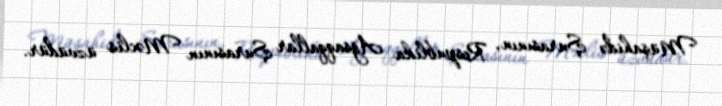
Müşahidə Şurasının, Respublika Ağsaqqallar Şurasının Məclis üzvüdür.